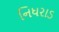
નિધરાડ